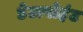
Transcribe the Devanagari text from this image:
डेटापोइंट